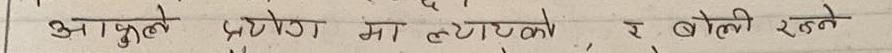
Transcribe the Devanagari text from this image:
आफुले प्रयोग मा ल्याएको र बोली रहऩे